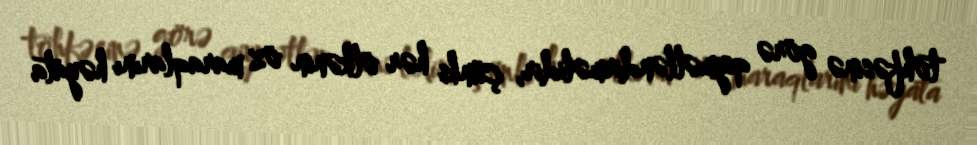
töhfəsinə görə qiymətləndirməlidir, çünki hər ölkənin öz maraqlarını həyata